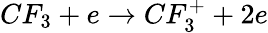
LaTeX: CF_{3}+e\rightarrow CF_{3}^{+}+2e